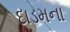
દાડમના